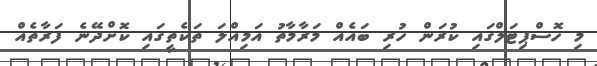
މި ހޮސްޕިޓަލްގައި ކުރަން ހުރި ބައެއް މަރާމާތު އަމިއްލަ ތަކެތީގައި ކޮށްދޭނެ ފަރާތެއް